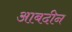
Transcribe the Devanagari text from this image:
आबदीन